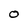
Character: o